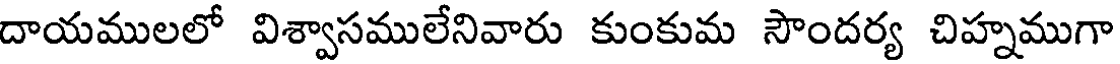
దాయములలో విశ్వాసములేనివారు కుంకుమ సౌందర్య చిహ్నముగా